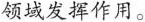
领域发挥作用。